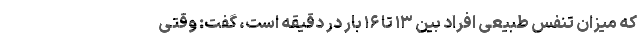
که میزان تنفس طبیعی افراد بین ۱۳ تا ۱۶ بار در دقیقه است، گفت: وقتی